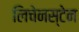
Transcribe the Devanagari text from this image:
लिचेनस्टेन